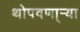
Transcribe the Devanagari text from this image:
थोपवणा्र्‍या